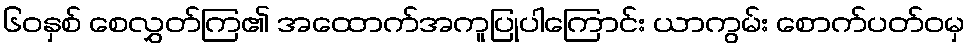
၆၀နှစ် စေလွှတ်ကြ၏ အထောက်အကူပြုပါကြောင်း ယာကွမ်း စောက်ပတ်ဝမှ